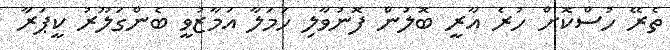
ތެރޭ ހުސްކޮށް ހުރެ އާރީ ބޮލުން ފޮނުވާލި ހަމަލާ އަމާޒުވީ ބެންގަލޫރު ކީޕަރާ